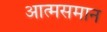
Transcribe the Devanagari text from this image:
आत्मसमान